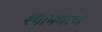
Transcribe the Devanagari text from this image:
श्यामचरण